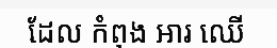
ដែល កំពុង ឤរ ឈើ